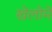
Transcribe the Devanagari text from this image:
खेलोमे